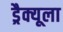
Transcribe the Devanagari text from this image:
ड्रैक्यूला